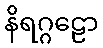
နိရဂ္ဂဠော